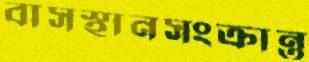
বাসস্থানসংক্রান্ত